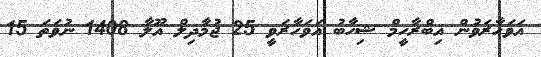
އަވަހާރަވުން އިބްރާހީމް ޝިހާބު އަވަހާރަވީ 25 ޖުމާދިލް އޫލާ 1408 ނުވަތަ 15